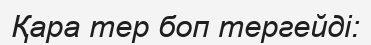
Қара тер боп тергейді: